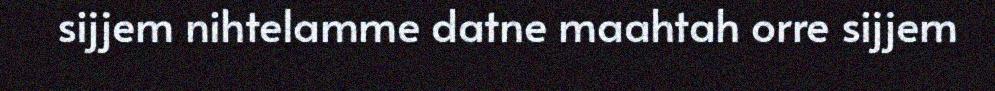
sijjem nihtelamme datne maahtah orre sijjem